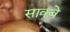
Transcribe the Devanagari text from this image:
साक्बे